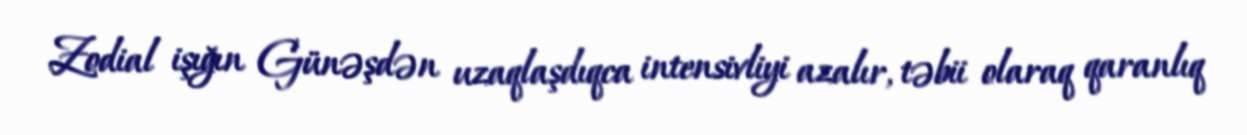
Zodial işığın Günəşdən uzaqlaşdıqca intensivliyi azalır, təbii olaraq qaranlıq